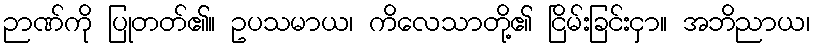
ဉာဏ်ကို ပြုတတ်၏။ ဥပသမာယ၊ ကိလေသာတို့၏ ငြိမ်းခြင်းငှာ။ အဘိညာယ၊